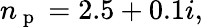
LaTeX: n_{\mathrm{~p~}}=2.5+0.1i,